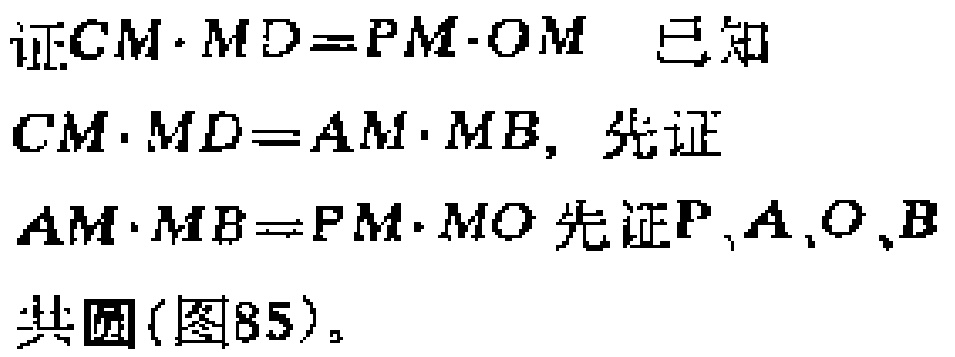
证$CM\cdot MD = PM\cdot OM$ 已知
$CM\cdot MD = AM\cdot MB$，先证
$AM\cdot MB = PM\cdot MO$ 先证$P,A,O,B$
共圆(图85)。